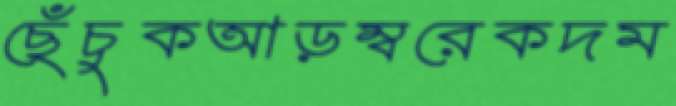
ছেঁচুকআড়ম্বরেকদম